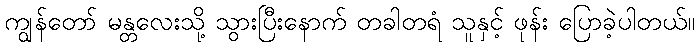
ကျွန်တော် မန္တလေးသို့ သွားပြီးနောက် တခါတရံ သူနှင့် ဖုန်း ပြောခဲ့ပါတယ်။